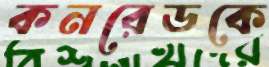
কনরেডকে